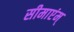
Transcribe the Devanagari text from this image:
सीमाएंम्